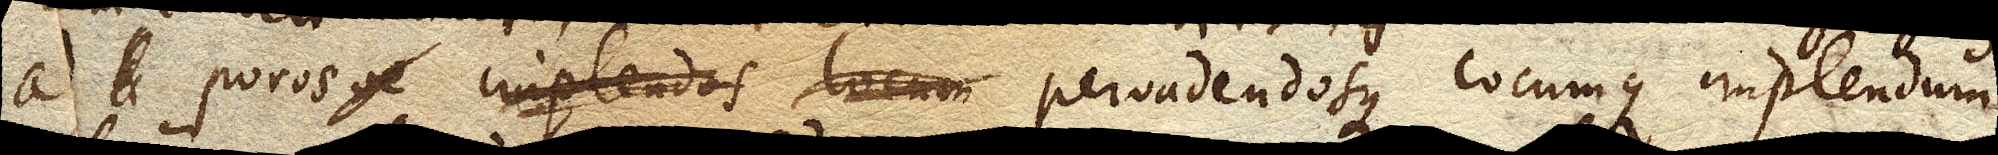
ad poros pervadendos locumque implendum.